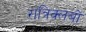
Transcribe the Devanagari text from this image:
रात्रिक्लबों